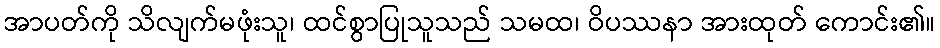
အာပတ်ကို သိလျက်မဖုံးသူ၊ ထင်စွာပြုသူသည် သမထ၊ ဝိပဿနာ အားထုတ် ကောင်း၏။